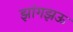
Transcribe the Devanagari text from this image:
झांगझऊ